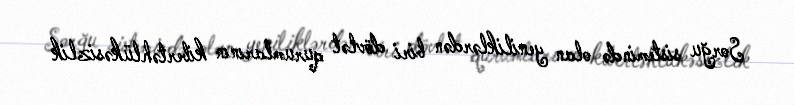
Sorğu sistemində olan yeniliklərdən biri dövlət qurumlarının kibertəhlükəsizlik